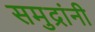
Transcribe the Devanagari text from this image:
समुद्रांनी